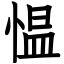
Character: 愠